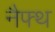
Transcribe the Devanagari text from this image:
नैफ्थ